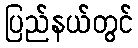
ပြည်နယ်တွင်